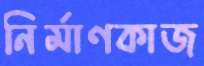
নির্মাণকাজ